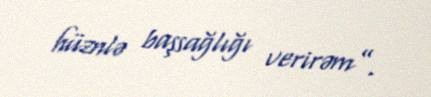
hüznlə başsağlığı verirəm”.